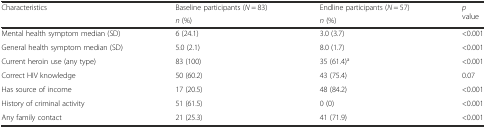
<table><thead><tr><td rowspan="2"><b>Characteristics</b></td><td><b>Baseline participants (<i>N</i> = 83)</b></td><td><b>Endline participants (<i>N</i> = 57)</b></td><td rowspan="2"><b><i>p</i> value</b></td></tr><tr><td><b><i>n</i> (%)</b></td><td><b><i>n</i> (%)</b></td></tr></thead><tbody><tr><td>Mental health symptom median (SD)</td><td>6 (24.1)</td><td>3.0 (3.7)</td><td>&lt;0.001</td></tr><tr><td>General health symptom median (SD)</td><td>5.0 (2.1)</td><td>8.0 (1.7)</td><td>&lt;0.001</td></tr><tr><td>Current heroin use (any type)</td><td>83 (100)</td><td>35 (61.4)<sup>a</sup></td><td>&lt;0.001</td></tr><tr><td>Correct HIV knowledge</td><td>50 (60.2)</td><td>43 (75.4)</td><td>0.07</td></tr><tr><td>Has source of income</td><td>17 (20.5)</td><td>48 (84.2)</td><td>&lt;0.001</td></tr><tr><td>History of criminal activity</td><td>51 (61.5)</td><td>0 (0)</td><td>&lt;0.001</td></tr><tr><td>Any family contact</td><td>21 (25.3)</td><td>41 (71.9)</td><td>&lt;0.001</td></tr></tbody></table>